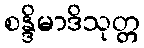
စန္ဒိမာဒိသုတ္တ